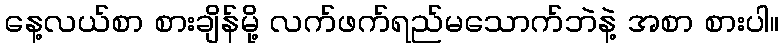
နေ့လယ်စာ စားချိန်မို့ လက်ဖက်ရည်မသောက်ဘဲနဲ့ အစာ စားပါ။